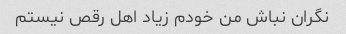
نگران نباش من خودم زیاد اهل رقص نیستم